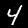
Digit: 4